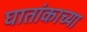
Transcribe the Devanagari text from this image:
घातांकाच्या